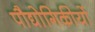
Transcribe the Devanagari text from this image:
पौद्योगिकीयों